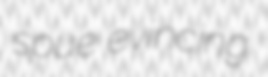
spue evincing